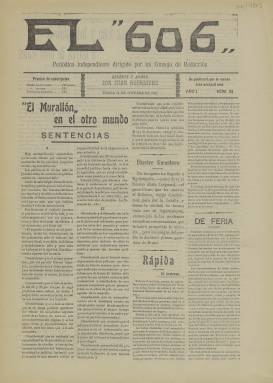
Título: El "606" (Úbeda)
Otros títulos: Seiscientos seis
Colección: Periódicos
Ámbito geográfico: Jaén
Lugar de publicación: Úbeda [Jaén]
Fechas: 14/10/1911-14/10/1911

Este periódico de Úbeda tiene un título raro y misterioso que no tiene nada que ver con los problemas de la localidad jiennense. En realidad, para su compresión es necesario situarlo en el contexto de su tiempo. Apareció en 1911, justo un año después de que se empezara a hablar en España del salvarsán, conocido también como el 606, medicamento recién descubierto para combatir la sífilis, una enfermedad venérea.

   El hecho de llamarse así el medicamento es porque su descubridor, el bacteriólogo alemán Paul Ehrlich, llegó a probar sin resultado hasta 605 compuestos orgánicos del arsénico. Pero los ratones a los que se inyectaban estos compuestos sintéticos acababan muriendo en su mayoría. Por fin, el compuesto 606 sí dio resultado logrando curar la sífilis, de ahí que al medicamento se le conociera con este sobrenombre.

   No hay ninguna relación entre el nombre de este periódico de Úbeda y el salvarsán, nombre con el que se comercializó el medicamento, dado que ni siquiera se trata de una publicación médica o interesada en la medicina. Todo parece indicar que el ponerle ese nombre se debe a la fascinación que ejerció durante un tiempo en España y el resto del mundo el hecho de haberse descubierto por fin un medicamento eficaz contra la sífilis.

   Poco se puede decir sobre esta publicación aparte de la que se deduce de la lectura del único número que posee la Biblioteca Nacional. Nació en 1911 y probablemente se dejara de editar a final de año o al año siguiente, porque apenas ha dejado rastro en hemerotecas y archivos personales.

   Parece ser una publicación que no tenía un perfil político acusado, de hecho se subtitulaba periódico independiente, y que servía de plataforma para que los industriales y comerciantes de Úbeda dieran a conocer sus productos y servicios, a juzgar por la importancia que tiene la publicidad en sus páginas.

  El periódico parece estar dedicado a asuntos locales, destacando la información relacionada con el Ayuntamiento de Úbeda. Es de destacar el artículo de su tercera página que lleva el título ‘La Política (Conclusión)’ y que parece ser continuación del de la página anterior cuyo título es ‘La feria y los políticos a través de unos lentes’. En el de la tercera página, firmado al final del artículo por Anatole, hay párrafos que denotan a un pensador de cierta altura, se esté o no de acuerdo con lo que dice. He aquí un ejemplo:
   ‘Las sociedades actuales son como son y no pueden ser de otra manera; la sociedad ideal a la que algunos aspiramos se constituirá por sí sola en el transcurso de los siglos siendo obra de todos y de ninguno, sin que la humanidad se dé cuenta de cómo ni de cuándo.’

[Descripción publicada el 17/08/2022]